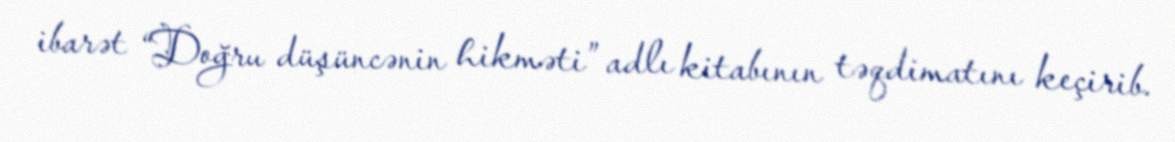
ibarət “Doğru düşüncənin hikməti” adlı kitabının təqdimatını keçirib.